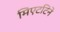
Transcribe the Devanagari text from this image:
मिएटटिनें